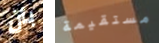
بأن مستقيمة